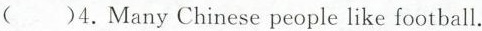
()4.Many Chinese people like football.